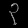
Digit: ၃